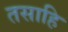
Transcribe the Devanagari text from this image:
तसाहि